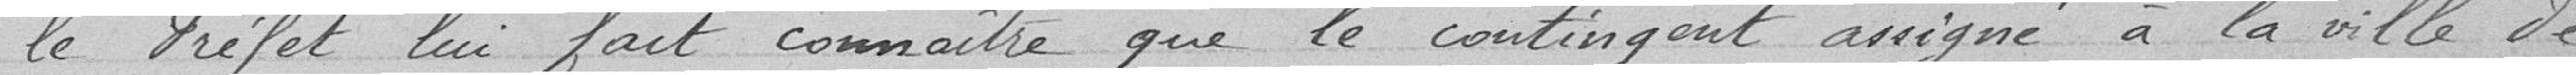
Le préfet lui fait connaitre que le contingent assigné à la ville de